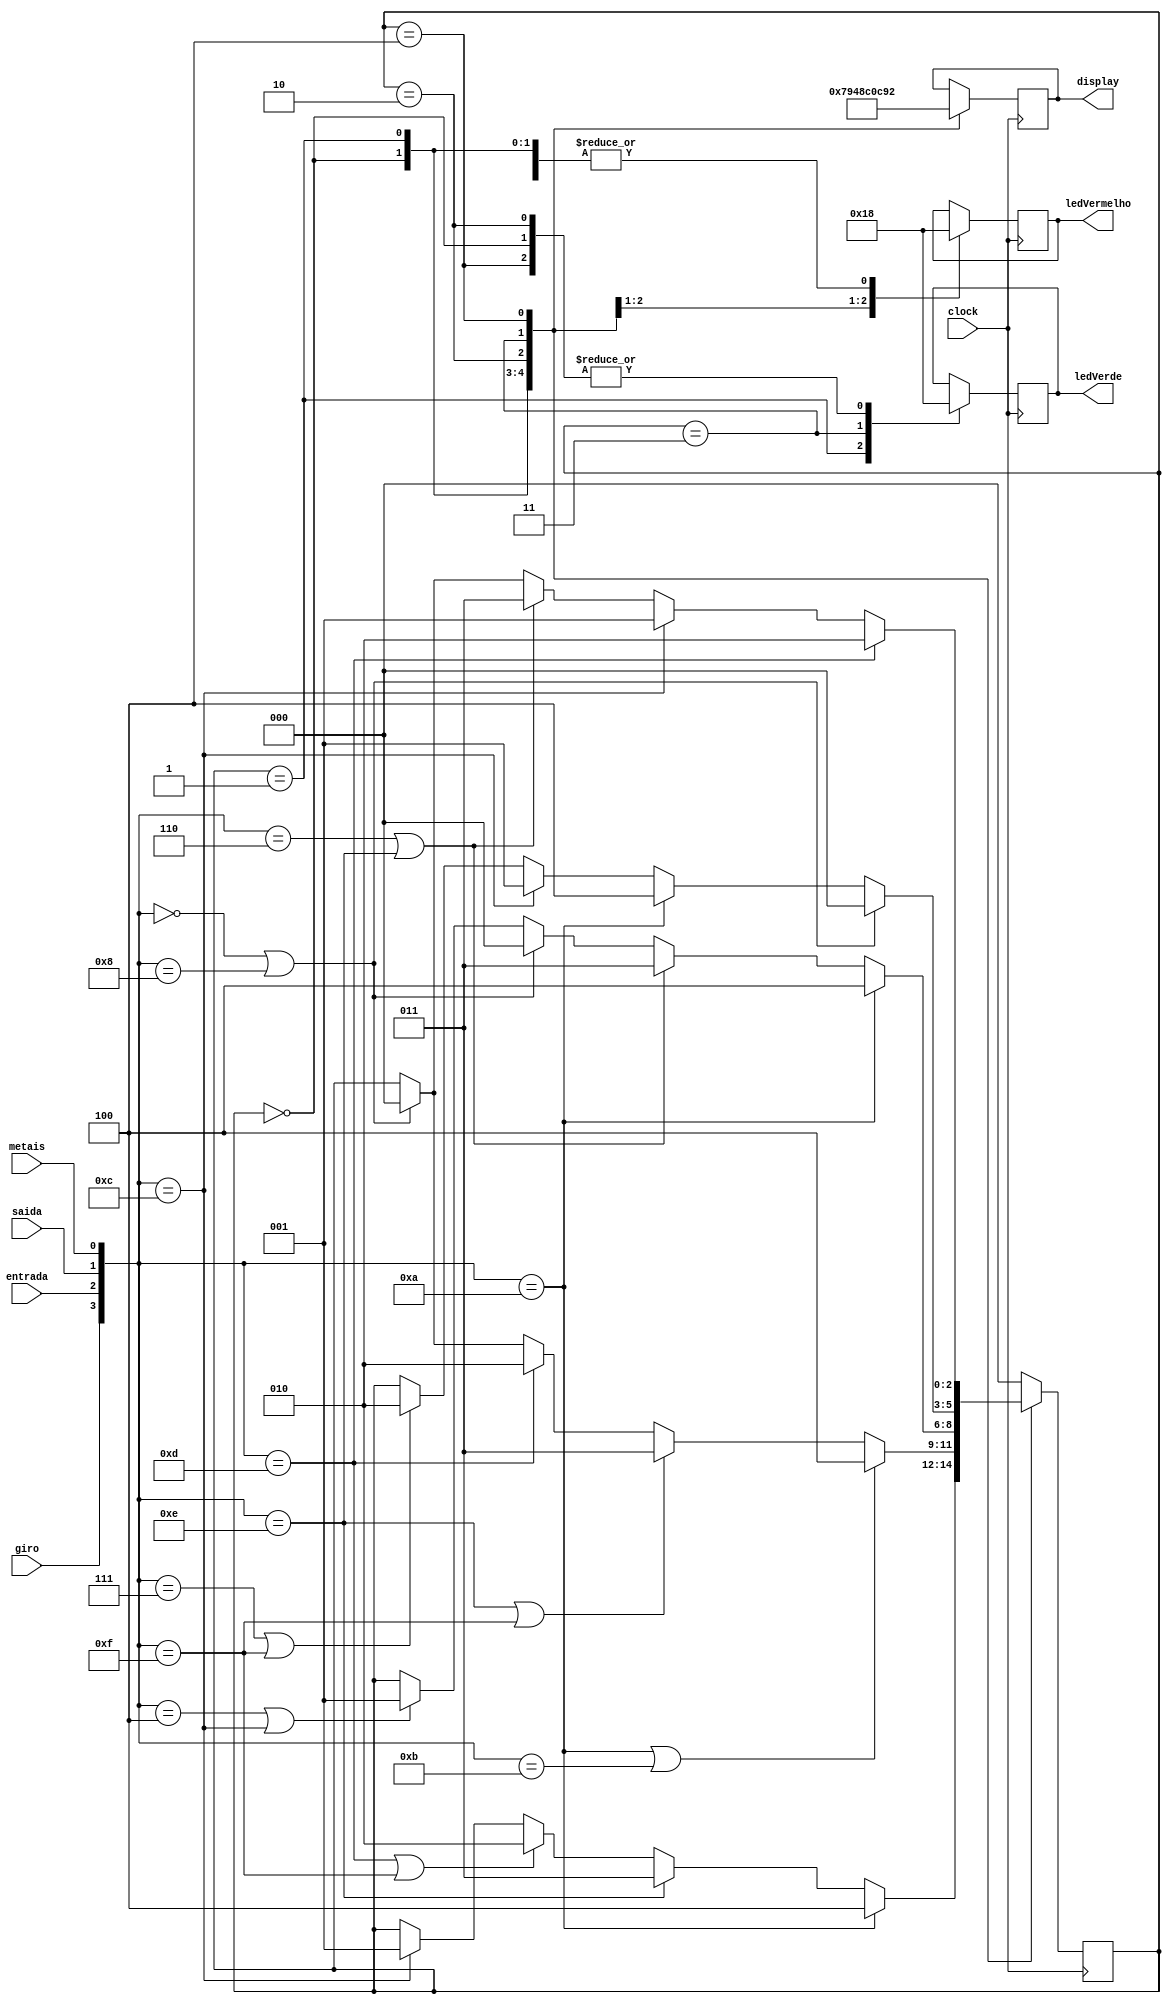
module inicial ( giro, entrada, saida, metais, ledVerde, ledVermelho, display, clock );
	input giro, entrada, saida, metais, clock;
	output [1:0] ledVerde, ledVermelho;
	output [6:0] display;

	reg [2:0] estado;
	reg [3:0] tmp;
	reg [1:0] tmpLedVerde, tmpLedVermelho;
	reg [6:0] tmpDisplay;

	parameter A = 3'b000, B = 3'b001, C = 3'b010, D = 3'b011, E = 3'b100;

	initial estado = A;

	always @( posedge clock ) begin
			tmp = { giro, entrada, saida, metais }; // Equivamente ao cdigo comentado abaixo
            /*tmp[3] = giro;
            tmp[2] = entrada;
            tmp[1] = saida;
            tmp[0] = metais;*/

          	case( estado )
          			A: begin
								tmpLedVerde = 2'b00;
								tmpLedVermelho = 2'b00;
								tmpDisplay = 7'b1111001;

								if( tmp == 4'b1100 )
									estado = B;
								if( tmp == 4'b1101 | tmp == 4'b1111 )
									estado = C;
								if( tmp == 4'b1110 )
									estado = D;
								if( tmp == 4'b1010 )
									estado = E;

							end

          			B: begin
								tmpLedVerde = 2'b01;
								tmpLedVermelho = 2'b00;
								tmpDisplay = 7'b0100100;

								if( tmp == 4'b0000 | tmp == 4'b1000 )
									estado = A;
								if( tmp == 4'b1101 )
									estado = C;
								if( tmp == 4'b1110 | tmp == 4'b1111 )
									estado = D;
								if( tmp == 4'b1010 | tmp == 4'b1011 )
									estado = E;

							end

          			C: begin
								tmpLedVerde = 2'b00;
								tmpLedVermelho = 2'b01;
								tmpDisplay = 7'b0110000;

								if( tmp == 4'b0100 | tmp == 4'b1100 )
									estado = B;
								if( tmp == 4'b0000 | tmp == 4'b1000 )
									estado = A;
								if( tmp == 4'b0110 | tmp == 4'b1110 )
									estado = D;
								if( tmp == 4'b1010 )
									estado = E;

							end

          			D: begin
								tmpLedVerde = 2'b10;
								tmpLedVermelho = 2'b10;
								tmpDisplay = 7'b0011001;

								if( tmp == 4'b0111 | tmp == 4'b1111 )
									estado = C;
								if( tmp == 4'b1100 )
									estado = B;
								if( tmp == 4'b1010 )
									estado = E;
								if( tmp == 4'b0000 | tmp == 4'b1000 )
									estado = A;

							end

						E: begin
								tmpLedVerde = 2'b00;
								tmpLedVermelho = 2'b00;
								tmpDisplay = 7'b0010010;

								if( tmp == 4'b0000 | tmp == 4'b1000 )
									estado = A;
								if( tmp == 4'b0110 | tmp == 4'b1110 )
									estado = D;
								if( tmp == 4'b1100 )
									estado = B;
								if( tmp == 4'b1101 )
									estado = C;

							end

          			default: estado = A;

          	endcase
	end

	assign ledVerde = tmpLedVerde;
	assign ledVermelho = tmpLedVermelho;
	assign display = tmpDisplay;

endmodule